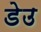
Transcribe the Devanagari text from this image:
डेउ